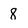
Character: 8